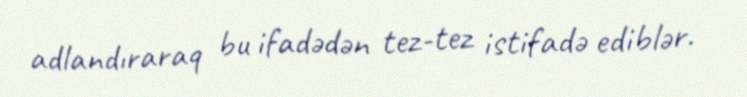
adlandıraraq bu ifadədən tez-tez istifadə ediblər.